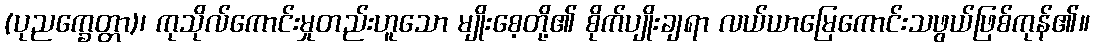
(ပုညက္ခေတ္တာ)၊ ကုသိုလ်ကောင်းမှုတည်းဟူသော မျိုးစေ့တို့၏ စိုက်ပျိုးချရာ လယ်ယာမြေကောင်းသဖွယ်ဖြစ်ကုန်၏။